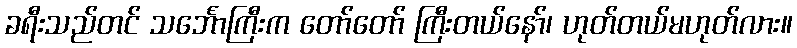
ခရီးသည်တင် သင်္ဘောကြီးက တော်တော် ကြီးတယ်နော်၊ ဟုတ်တယ်မဟုတ်လား။